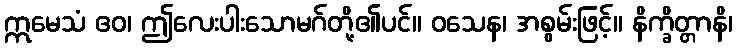
ဣမေသံ ဧဝ၊ ဤလေးပါးသောမဂ်တို့၏ပင်။ ဝသေန၊ အစွမ်းဖြင့်။ နိက္ခိတ္တာနိ၊